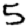
Digit: 5